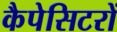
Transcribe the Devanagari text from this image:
कैपेसिटरों